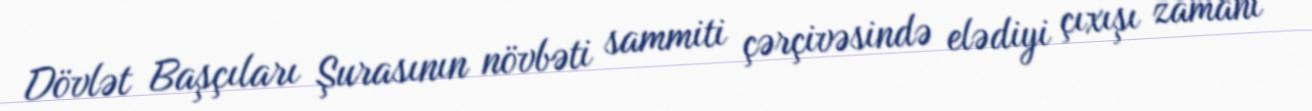
Dövlət Başçıları Şurasının növbəti sammiti çərçivəsində elədiyi çıxışı zamanı